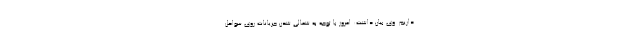
داریم. وی بیان داشت: امروز با توجه به شمالی شدن جریانات روی سواحل